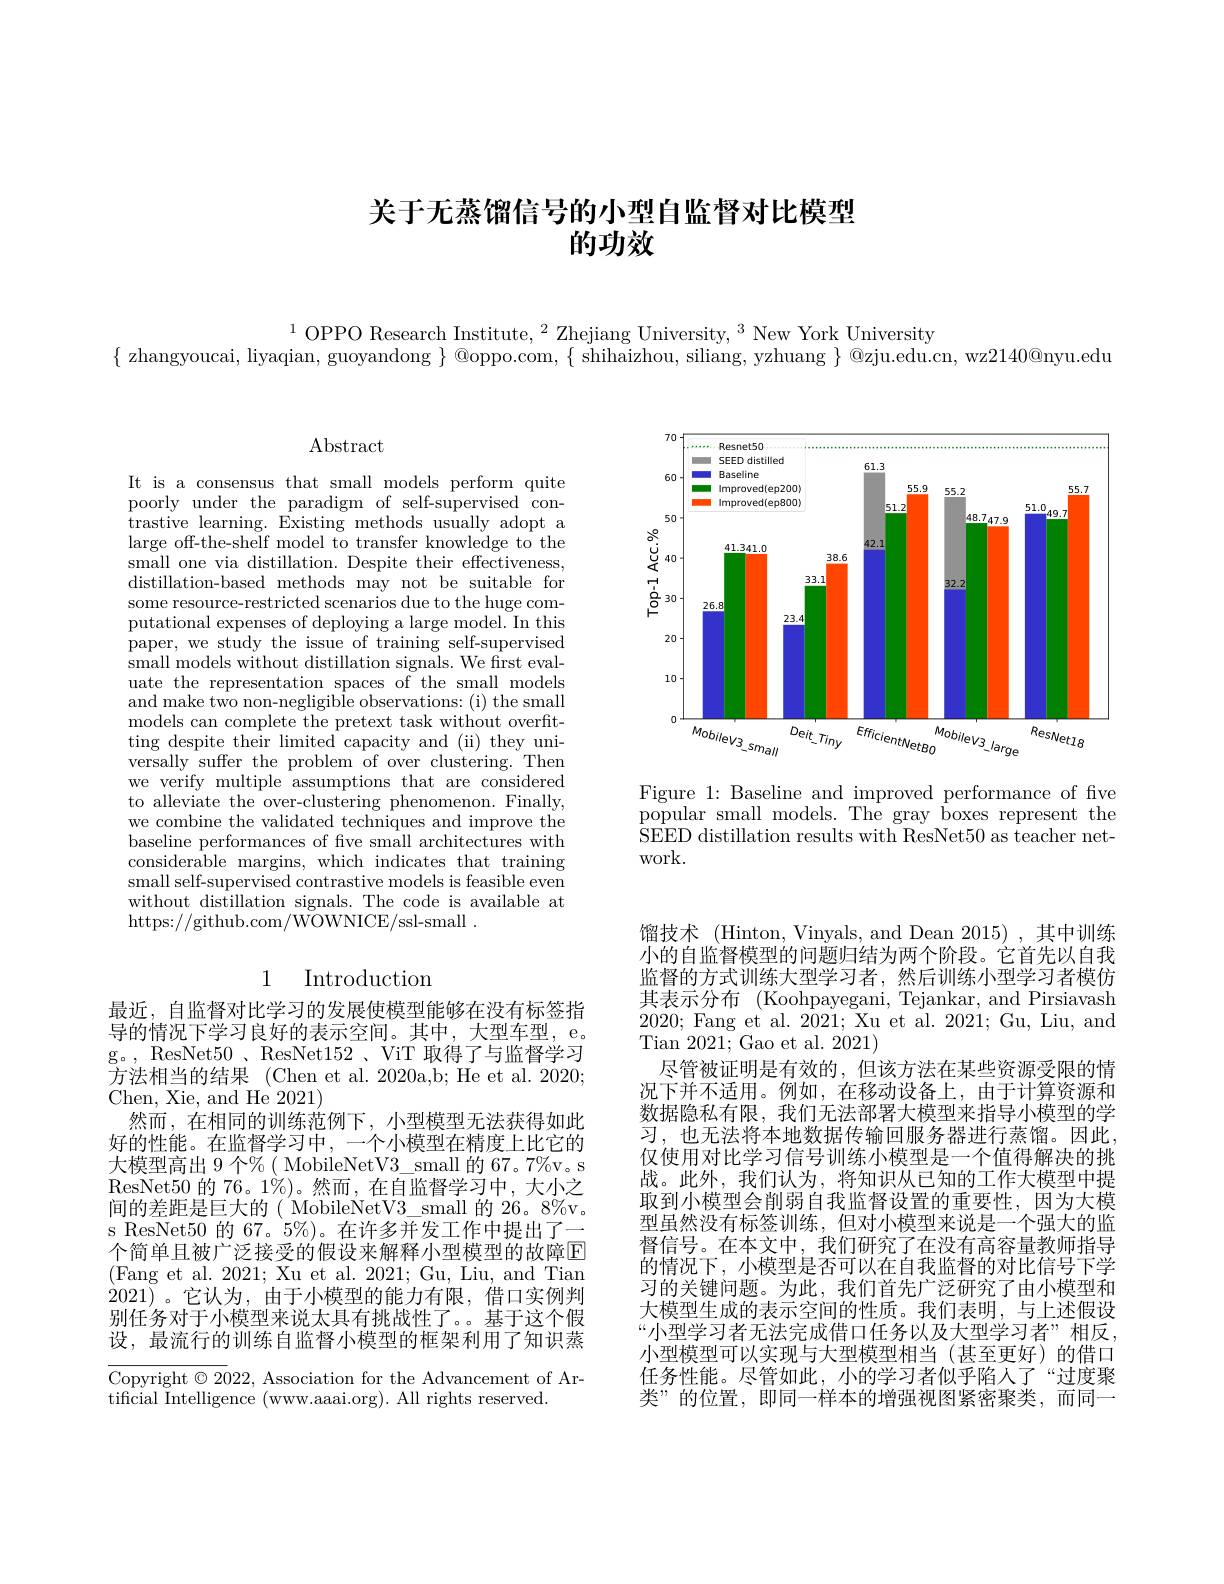
# 关于无蒸馏信号的小型自监督对比模型的功效

$^{1}$OPPO Research Institute,$^2$Zhejiang University,$^3$ New York University
$\{$ zhangyoucai, liyaqian, guoyandong $\}$ @oppo.com, $\{$ shihaizhou, siliang, yzhuang $\}$ @zju.edu.cn, wz2140@nyu.edu

<FigureHere>

Figure 1: Baseline and improved performance of five $\bar{\text{popular small models. The gray boxes represent the}}$ SEED distillation results with ResNet50 as teacher network.

### Abstract

It is a consensus that small models perform quite poorly under the paradigm of self-supervised contrastive learning. Existing methods usually adopt a large off-the-shelf model to transfer knowledge to the small one via distillation. Despite their effectiveness, distillation-based methods may not be suitable for some resource-restricted scenarios due to the huge computational expenses of deploying a large model. In this paper, we study the issue of training self-supervised small models without distillation signals. We first evaluate the representation spaces of the small models and make two non-negligible observations: (i) the small models can complete the pretext task without overfitting despite their limited capacity and (ii) they universally suffer the problem of over clustering. Then we verify multiple assumptions that are considered to alleviate the over-clustering phenomenon. Finally, we combine the validated techniques and improve the baseline performances of five small architectures with considerable margins, which indicates that training small self-supervised contrastive models is feasible even without distillation signals. The code is available at https://github.com/WOWNICE/ssl-small~.

## 1 Introduction

最近，自监督对比学习的发展使模型能够在没有标签指导的情况下学习良好的表示空间。其中，大型车型，e. g。, ResNet50、ResNet152、ViT 取得了与监督学习方法相当的结果 (Chen et al. 2020a,b; He et al. 2020; Chen, Xie, and He 2021)
然而，在相同的训练范例下，小型模型无法获得如此好的性能。在监督学习中，一个小模型在精度上比它的大模型高出 9 个% ( MobileNetV3 small 的 67。7%v。s ResNet50 的 76。1%)。然而，在自监督学习中，大小之间的差距是巨大的( MobileNetV3\_small 的 26。8%v。s ResNet50 的 67。5%)。在许多并发工作中提出了一个简单且被广泛接受的假设来解释小型模型的故障$\mathbb{E}$ (Fang et al. 2021; Xu et al. 2021; Gu, Liu, and Tian 2021)。它认为，由于小模型的能力有限，借口实例判别任务对于小模型来说太具有挑战性了。基于这个假设，最流行的训练自监督小模型的框架利用了知识蒸

Copyright $\odot2022$, Association for the Advancement of Ar-
tificial Intelligence (www.aaai.org). All rights reserved.

馏技术 (Hinton, Vinyals, and Dean 2015) , 其中训练小的自监督模型的问题归结为两个阶段。它首先以自我监督的方式训练大型学习者，然后训练小型学习者模仿其表示分布 (Koohpayegani, Tejankar, and Pirsiavash 2020; Fang et al. 2021; Xu et al. 2021; Gu, Liu, and Tian 2021; Gao et al. 2021)
尽管被证明是有效的，但该方法在某些资源受限的情况下并不适用。例如，在移动设备上，由于计算资源和数据隐私有限，我们无法部署大模型来指导小模型的学习，也无法将本地数据传输回服务器进行蒸馏。因此， 仅使用对比学习信号训练小模型是一个值得解决的挑战。此外，我们认为，将知识从已知的工作大模型中提取到小模型会削弱自我监督设置的重要性，因为大模型虽然没有标签训练，但对小模型来说是一个强大的监督信号。在本文中，我们研究了在没有高容量教师指导的情况下，小模型是否可以在自我监督的对比信号下学习的关键问题。为此，我们首先广泛研究了由小模型和大模型生成的表示空间的性质。我们表明，与上述假设“小型学习者无法完成借口任务以及大型学习者”相反， 小型模型可以实现与大型模型相当(甚至更好)的借口任务性能。尽管如此，小的学习者似乎陷人了“过度聚类”的位置，即同一样本的增强视图紧密聚类，而同一